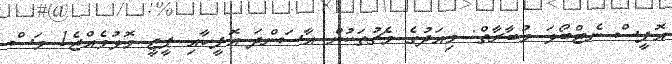
އޮފީސް ނެޓްބޯޅަ މުބާރާތް: މިއަދުގެ މެޗުތަކުން އާސަންދަ އޮފީހާއި ޕީޖީ މޮޅުވެއްޖެ1 މަސް